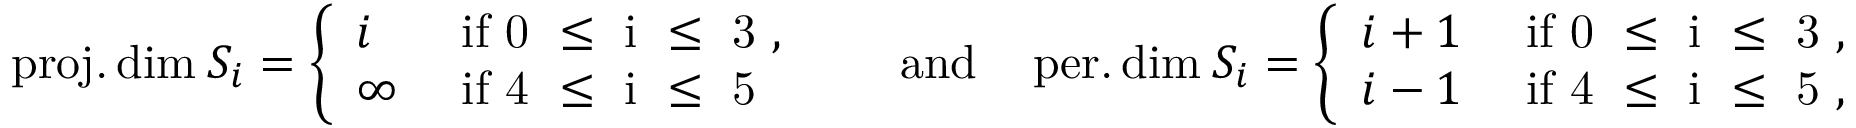
\begin{array} { r } { \operatorname { p r o j . d i m } _ { \L } S _ { i } = \left\{ \begin{array} { l l } { i } & { \mathrm { ~ i f ~ 0 ~ \leq ~ i ~ \leq ~ 3 ~ , ~ } } \\ { \infty } & { \mathrm { ~ i f ~ 4 ~ \leq ~ i ~ \leq ~ 5 ~ } } \end{array} \right. \mathrm { \quad ~ a n d \quad } \operatorname { p e r . d i m } _ { \L } S _ { i } = \left\{ \begin{array} { l l } { i + 1 } & { \mathrm { ~ i f ~ 0 ~ \leq ~ i ~ \leq ~ 3 ~ , ~ } } \\ { i - 1 } & { \mathrm { ~ i f ~ 4 ~ \leq ~ i ~ \leq ~ 5 ~ , } } \end{array} \right. } \end{array}